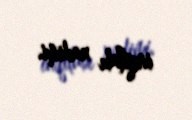
inqilabı xadimi.